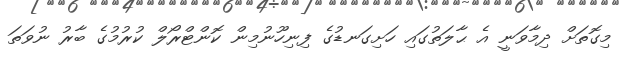
މިގޮތަށް ދިމާވަނީ އެ ޙާލަތުގައި ހަށިގަނޑުގެ ފިނިހޫނުމިން ކޮންޓްރޯލް ކުރުމުގެ ބާރު ނުވަތަ